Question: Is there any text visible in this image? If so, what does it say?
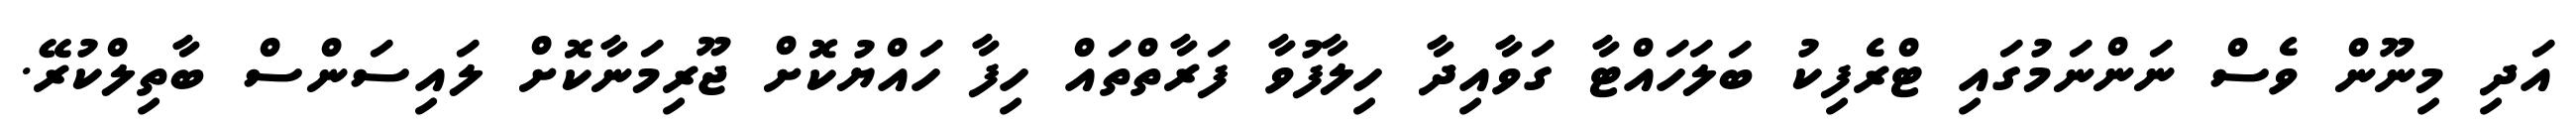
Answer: އަދި މިނޫން ވެސް ނަންނަމުގައި ޓްރެފިކު ބަލަހައްޓާ ގަވާއިދާ ހިލާފުވާ ފަރާތްތައް ހިފާ ހައްޔުކޮށް ޖޫރިމަނާކޮށް ލައިސަންސް ބާތިލްކުރޭ.